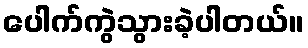
ပေါက်ကွဲသွားခဲ့ပါတယ်။